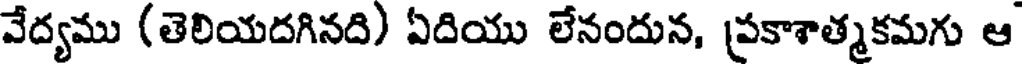
వేద్యము (తెలియదగినది) ఏదియు లేనందున, (పకాశాత్మకమగు ఆ